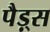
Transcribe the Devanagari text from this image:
पैड़्स